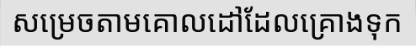
សម្រេចតាមគោលដៅដែលគ្រោងទុក